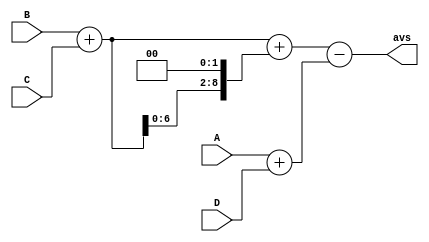
module fir4( 
			input signed [7:0] A,B,C,D,
			output wire signed [8:0] avs
			);
			
wire signed [8:0] a1;			
wire signed [8:0] a2;
wire signed [8:0] a3,b1;
wire signed [8:0] b0;
wire signed [8:0] c0;

assign a1=A+D;
assign a2=B+C;
assign a3=(a2<<2);
assign b1=a2+a3;
assign c0=b1-a1;

assign avs=c0;

endmodule